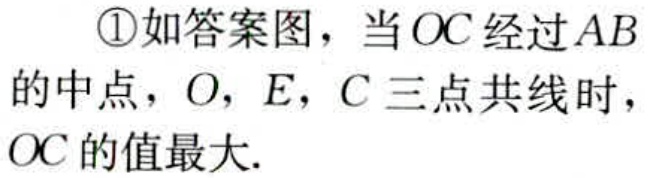
\textcircled{1}如答案图，当\(OC\)经过\(AB\)的中点，\(O\)，\(E\)，\(C\)三点共线时，\(OC\)的值最大.